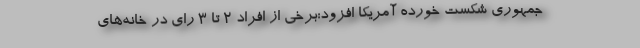
جمهوری شکست خورده آمریکا افزود:برخی از افراد ۲ تا ۳ رای در خانه‌های